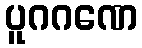
ပူဂဂဏေ